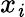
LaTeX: x_{\mathit{i}}